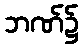
ဘဏ်၌